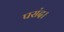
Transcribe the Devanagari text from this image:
पसंद।